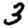
Digit: 3